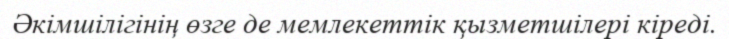
Әкімшілігінің өзге де мемлекеттік қызметшілері кіреді.